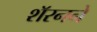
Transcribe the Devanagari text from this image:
शॅरनने